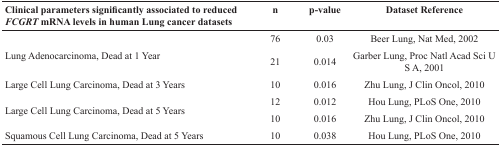
<table><thead><tr><td><b>Clinical parameters significantly associated to reduced <i>FCGRT</i> mRNA levels in human Lung cancer datasets</b></td><td><b>n</b></td><td><b>p-value</b></td><td><b>Dataset Reference</b></td></tr></thead><tbody><tr><td rowspan="2">Lung Adenocarcinoma, Dead at 1 Year</td><td>76</td><td>0.03</td><td>Beer Lung, Nat Med, 2002</td></tr><tr><td>21</td><td>0.014</td><td>Garber Lung, Proc Natl Acad Sci U S A, 2001</td></tr><tr><td>Large Cell Lung Carcinoma, Dead at 3 Years</td><td>10</td><td>0.016</td><td>Zhu Lung, J Clin Oncol, 2010</td></tr><tr><td rowspan="2">Large Cell Lung Carcinoma, Dead at 5 Years</td><td>12</td><td>0.012</td><td>Hou Lung, PLoS One, 2010</td></tr><tr><td>10</td><td>0.016</td><td>Zhu Lung, J Clin Oncol, 2010</td></tr><tr><td>Squamous Cell Lung Carcinoma, Dead at 5 Years</td><td>10</td><td>0.038</td><td>Hou Lung, PLoS One, 2010</td></tr></tbody></table>